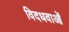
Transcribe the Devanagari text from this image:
विदधवाओं